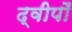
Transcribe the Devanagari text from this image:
द्वीपोँ